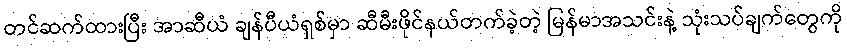
တင်ဆက်ထားပြီး အာဆီယံ ချန်ပီယံရှစ်မှာ ဆီမီးဖိုင်နယ်တက်ခဲ့တဲ့ မြန်မာအသင်းနဲ့ သုံးသပ်ချက်တွေကို